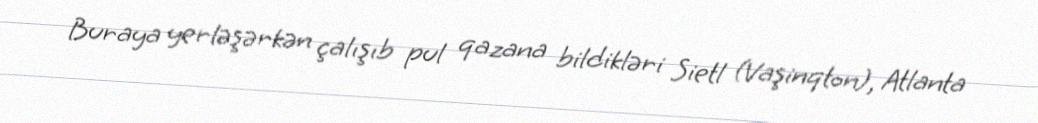
Buraya yerləşərkən çalışıb pul qazana bildikləri Sietl (Vaşinqton), Atlanta